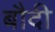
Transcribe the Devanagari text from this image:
बौदी